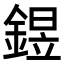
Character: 𨩄